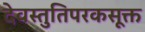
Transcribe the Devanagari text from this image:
देवस्तुतिपरकसूक्त